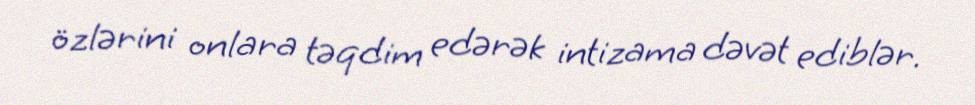
özlərini onlara təqdim edərək intizama dəvət ediblər.